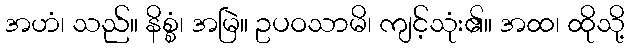
အဟံ၊ သည်။ နိစ္စံ၊ အမြဲ။ ဥပဝသာမိ၊ ကျင့်သုံး၏။ အထ၊ ထိုသို့